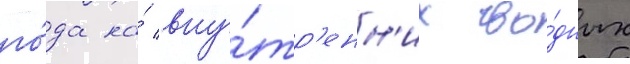
го́да на́ вну́тр'енн'их во́дных